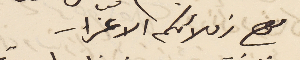
مع زملائكم الاعزاء